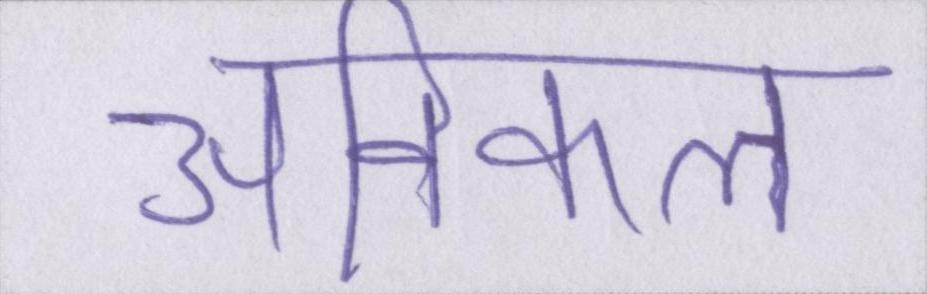
अविकल